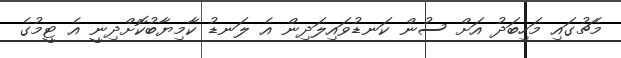
މެޗުގައި މަހިބަދު އަށް ސުން ކަނޑުވައިލަދިން އެ ލަނޑު ކާމިޔާބުކޮށްދިނީ އެ ޓީމުގެ